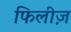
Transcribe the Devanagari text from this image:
फिलीज़